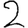
Digit: 2